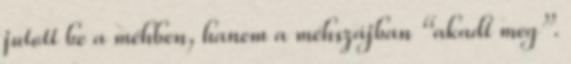
jutott be a méhben, hanem a méhszájban “akadt meg”.